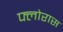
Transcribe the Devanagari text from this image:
फ्लोरास